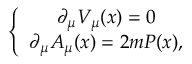
\left\{ \begin{array} { c } { { \partial _ { \mu } V _ { \mu } ( x ) = 0 } } \\ { { \partial _ { \mu } A _ { \mu } ( x ) = 2 m P ( x ) , } } \end{array} \right.